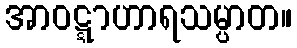
အာဝဋ္ဋာဟာရသမ္ပာတ။